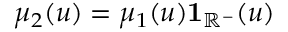
\mu _ { 2 } ( u ) = \mu _ { 1 } ( u ) \mathbf { 1 } _ { \mathbb R ^ { - } } ( u )